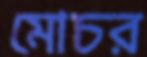
মোচর